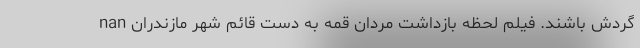
گردش باشند. فیلم لحظه بازداشت مردان قمه به دست قائم شهر مازندران nan